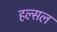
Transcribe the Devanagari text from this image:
हल्सल